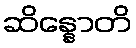
ဆိန္နောတိ